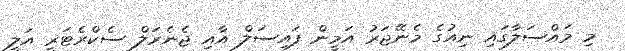
މި މައްސަލާގައި ނިއުގެ މެނޭޖަރު އަމީން ފައިސަލް އާއި ޖެނެރަލް ސެކްރެޓަރީ އަލީ